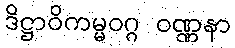
ဒိဋ္ဌာဝိကမ္မဝဂ္ဂ ဝဏ္ဏနာ